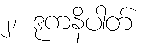
၂၊ ဒုကနိပါတ်